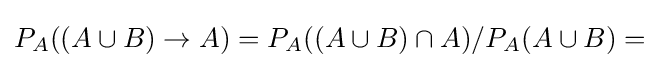
P_{A}((A\cup B)\rightarrow A)=P_{A}((A\cup B)\cap A)/P_{A}(A\cup B)=